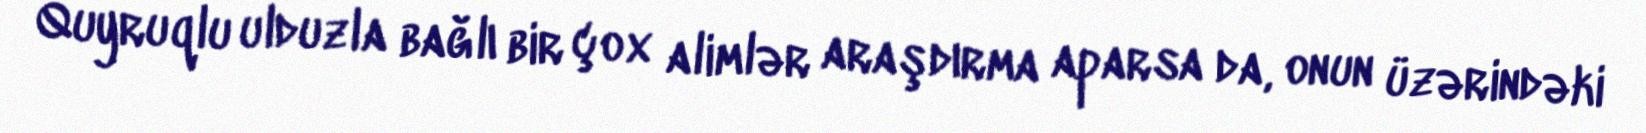
Quyruqlu ulduzla bağlı bir çox alimlər araşdırma aparsa da, onun üzərindəki